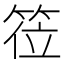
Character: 𬕅